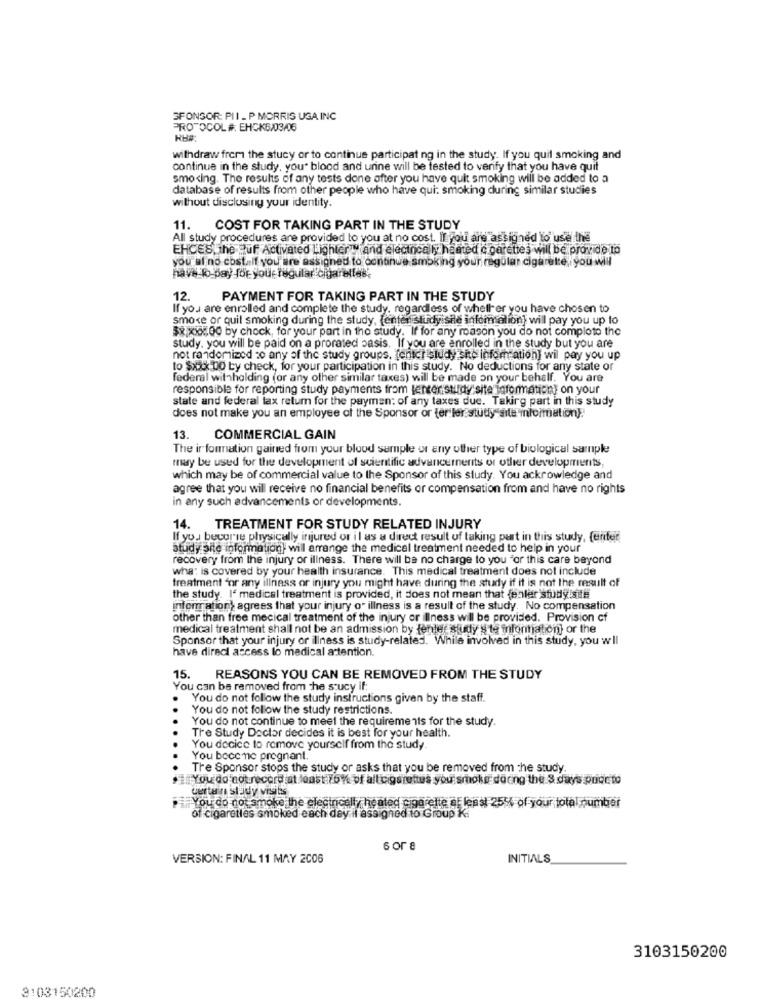
SPONSOR: PII_ P MORRIS USA INC
PROTOCOL #. EHCK6/03/06
HH#:
withdraw from the stucy or to continue participat ng in the study. If you quil smoking and
continue in the study, you' blood and urine will be tested to verify that you have quit
smoking. The results of any tests done after you have quit smoking will be added to a
database of results from other people who have qui: smoking during similar studies
without disclosing your identity.
11.
COST FOR TAKING PART IN THE STUDY
All study procedures are provided to you at no cost. Il you are assigned to use the
EHCES, The Huff Activated Lighter Y and electrical ly heated c garettes will be provide to
you al no cost. If you are assigned to continue smoking your regular cigarette, you will
have b-pay for your regular cigarelles
12. PAYMENT FOR TAKING PART IN THE STUDY
If you are enrolled and complete the study, regardless of whether you have chosen to
smoke or quil smoking during the study, (enter Bitdyishe infomsalion] will pay you up to
3x 10,00 by chock, for your part in the study. If for any reason you do not completo the
study. you will be paid on a prorated basis. If you are enrolled in the study but you are
not randomized to any of the study groups, fenici ludy sid information] wil pay you up
to $xxxx 00 ty check, for your participation in this study. No deductions for any state or
federal withholding (or any other similar taxes) will be made on your behalf. You are
responsible for reporting study payments from jenter study site information) on your
state and federal tax return for the payment of any taxes due. Taking part in this study
does not make you an employee of the Sponsor or ter ler study site information).
13. COMMERCIAL GAIN
The ir formation gained from your blood sample or any other type of biological sample
may be used for the development of scientific advancements or other developments,
which may be of commercial value to the Sponsor of this study. You acknowledge and
agree that you will receive no financial benefits or compensation from and have no rights
in any such advancements or developments.
14. TREATMENT FOR STUDY RELATED INJURY
If you becarie physically injured or il as a direct result of taking part in this study, ferfer
study site information) will arrange the medical treatment needed to help in your
recovery from the injury or illness. There will be no charge to you for this care beyond
wha: is covered by your health insurance. This medical treatment does not include
treatment for any illness or injury you might have during the study if it is not the result of
the study. I' medical treatment is provided, it does not mean that fehler study.site
information' agrees that your injury o" illness is a result of the study. No compensation
other than free mecical treatment of the injury or illness will be provided. Provision cf
medical treatment shall not be an admission by fenter study § te information] or the
Sponsor that your injury or illness is study-related. While involved in this study, you will
have direct access lo medical attention.
15. REASONS YOU CAN BE REMOVED FROM THE STUDY
You can be removed from the soucy if:
You do not follow the study instructions given by the staff.
You do not follow the study restrictions.
You do not continue to meet the requirements for the study.
Tre Study Doctor decides it is best for your health.
You decide to remove yourself from the study.
You bocc ne pregnant.
Tre Sponsor stops the study or asks that you be removed from the study.
You do not record at least 76% of all cigarettes you smoke doong the S days priorto
certain study visits
You do not smoke the elecincally he ated cigarette at least 255% of your total number
of cigarettes smoked each dey if assigned to Group K.
6 or 8
VERSION: FINAL 11 MAY 2006
INITIALS
3103150200
3103150200